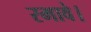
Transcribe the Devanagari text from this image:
रमावे।